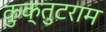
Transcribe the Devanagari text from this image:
कुक्तुटराम